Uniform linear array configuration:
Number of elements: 64
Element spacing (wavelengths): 0.75
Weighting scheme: exponential
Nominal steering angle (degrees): -60
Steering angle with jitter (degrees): -60.062
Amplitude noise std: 0.05
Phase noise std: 0.05

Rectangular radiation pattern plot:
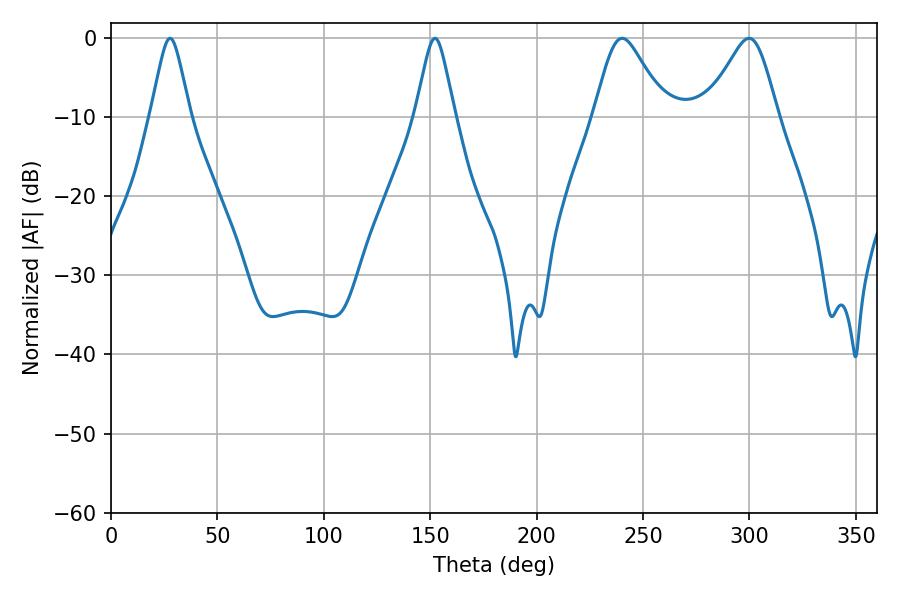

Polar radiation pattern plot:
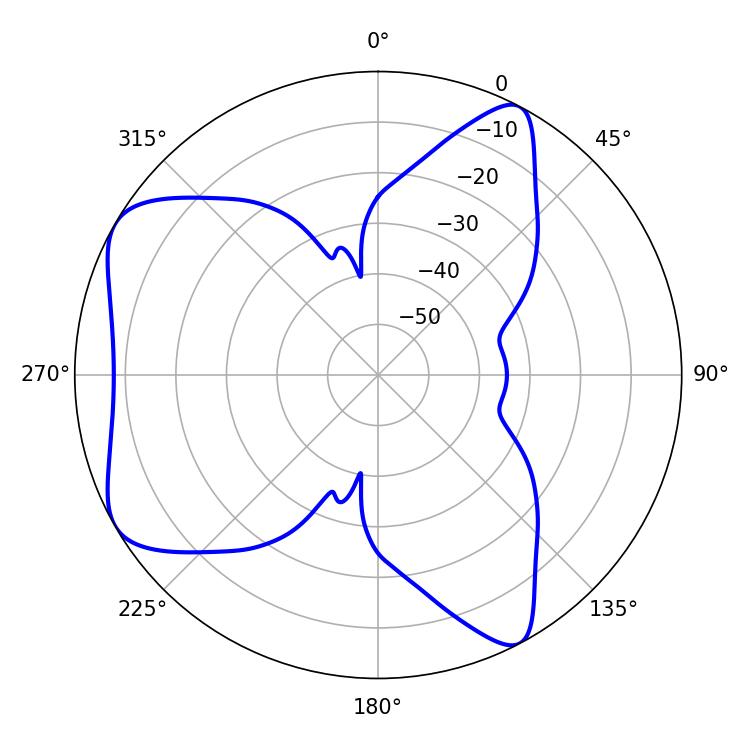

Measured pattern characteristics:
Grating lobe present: TRUE
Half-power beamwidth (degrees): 16.2
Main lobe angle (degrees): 240.12